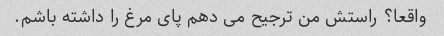
واقعا؟ راستش من ترجیح می دهم پای مرغ را داشته باشم.